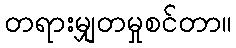
တရားမျှတမှုစင်တာ။